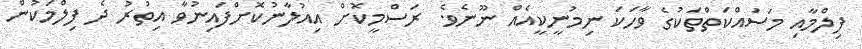
ފިލްމާއި މަސައްކަތްތަކުގެ ވާހަކަ ނިމުނީކީއެއް ނޫނެވެ. ރަސްމީކޮށް އިއުލާނުކޮށްފައިނުވާ އިތުރު ދެ ފިލްމަކުން